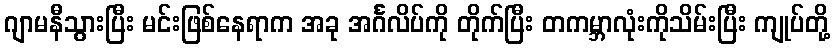
ဂျာမနီသွားပြီး မင်းဖြစ်နေရာက အခု အင်္ဂလိပ်ကို တိုက်ပြီး တကမ္ဘာလုံးကိုသိမ်းပြီး ကျုပ်တို့